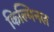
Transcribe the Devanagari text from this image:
किल्मिनल